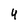
Character: 4